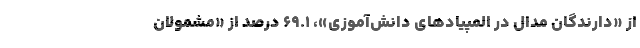
از «دارندگان مدال در المپیادهای دانش‌آموزی»، ۶۹.۱ درصد از «مشمولان